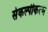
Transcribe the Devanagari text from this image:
संकल्पीकरण